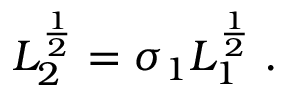
L _ { 2 } ^ { \frac { 1 } { 2 } } = \sigma _ { 1 } L _ { 1 } ^ { \frac { 1 } { 2 } } \; .